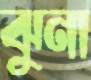
ঝুনা